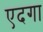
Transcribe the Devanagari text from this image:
एदगा